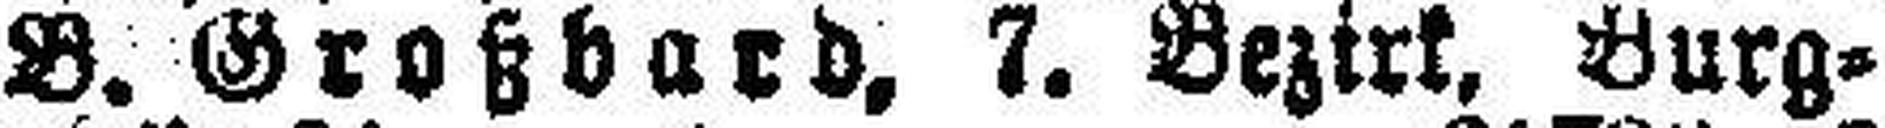
B. Großbard. 7. Bezirk, Burg¬